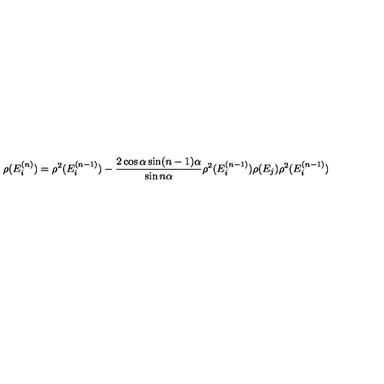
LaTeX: \rho ( E _ { i } ^ { ( n ) } ) = \rho ^ { 2 } ( E _ { i } ^ { ( n - 1 ) } ) - \frac { 2 \cos \alpha \sin ( n - 1 ) \alpha } { \sin n \alpha } \rho ^ { 2 } ( E _ { i } ^ { ( n - 1 ) } ) \rho ( E _ { j } ) \rho ^ { 2 } ( E _ { i } ^ { ( n - 1 ) } )